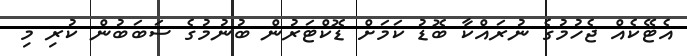
އެޓޭކެއް ޖެހުމުގެ ނުރައްކާ ބޮޑު ކަމަށް ޑޮކްޓަރުން ބުނުމުގެ ސަބަބުން ކުރި މި